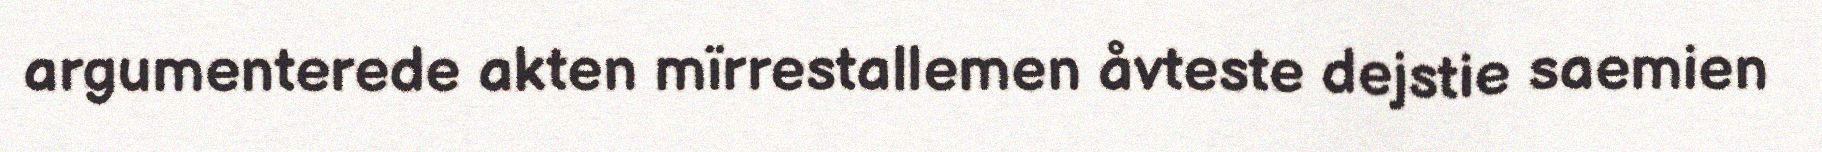
argumenterede akten mïrrestallemen åvteste dejstie saemien